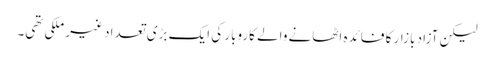
لیکن آزاد بازار کا فائدہ اٹھانے والے کاروبار کی ایک بڑی تعداد غیر ملکی تھی۔